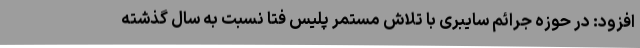
افزود: در حوزه جرائم سایبری با تلاش مستمر پلیس فتا نسبت به سال گذشته